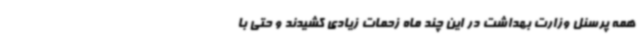
همه پرسنل وزارت بهداشت در این چند ماه زحمات زیادی کشیدند و حتی با